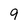
Character: 9